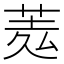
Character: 𦲃